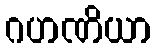
ဂဟဏိယာ